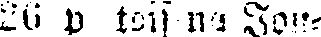
26 p toisena Jou-